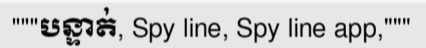
"""បន្ទាត់, Spy line, Spy line app,"""